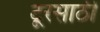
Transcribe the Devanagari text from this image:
टूरसाठी